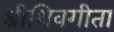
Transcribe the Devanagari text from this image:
श्रीशिवगीता